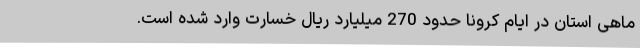
ماهی استان در ایام کرونا حدود 270 میلیارد ریال خسارت وارد شده است.